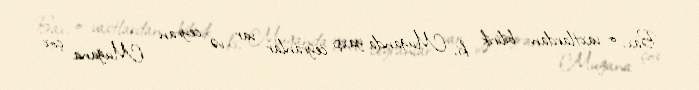
Bax, o vaxtlardan bilirik ki, Muğanda yaxşı ceyranlar var və ceyran Muğana çox